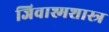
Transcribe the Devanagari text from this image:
जिवाश्मशास्त्र